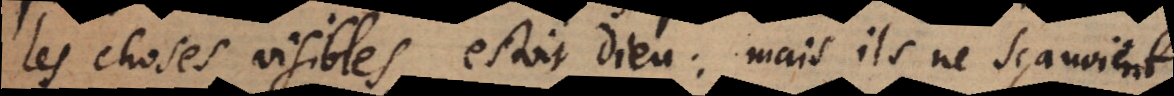
les choses visibles, estoit Dieu: mais ils ne sçavoient